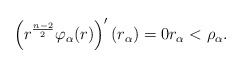
\begin{align*}\left(r^{\frac{n-2}{2}}\varphi_\alpha(r)\right)'(r_\alpha)=0 r_\alpha<\rho_\alpha.\end{align*}